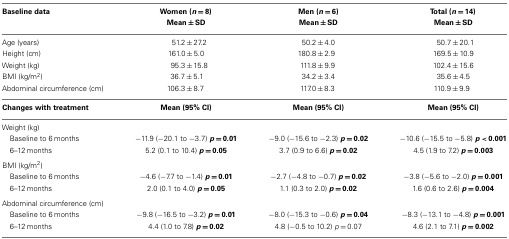
<table><thead><tr><td><b>Baseline data</b></td><td><b>Women (<i>n</i> = 8)</b></td><td><b>Men (<i>n</i> = 6)</b></td><td><b>Total (<i>n</i> = 14)</b></td></tr><tr><td>[EMPTY_CELL]</td><td><b>Mean ± SD</b></td><td><b>Mean ± SD</b></td><td><b>Mean ± SD</b></td></tr></thead><tbody><tr><td>Age (years)</td><td>51.2 ± 27.2</td><td>50.2 ± 4.0</td><td>50.7 ± 20.1</td></tr><tr><td>Height (cm)</td><td>161.0 ± 5.0</td><td>180.8 ± 2.9</td><td>169.5 ± 10.9</td></tr><tr><td>Weight (kg)</td><td>95.3 ± 15.8</td><td>111.8 ± 9.9</td><td>102.4 ± 15.6</td></tr><tr><td>BMI (kg/m<sup>2</sup>)</td><td>36.7 ± 5.1</td><td>34.2 ± 3.4</td><td>35.6 ± 4.5</td></tr><tr><td>Abdominal circumference (cm)</td><td>106.3 ± 8.7 </td><td>117.0 ± 8.3</td><td>110.9 ± 9.9 </td></tr><tr><td><b>Changes with treatment</b></td><td><b>Mean (95% CI)</b></td><td><b>Mean (95% CI)</b></td><td><b>Mean (95% CI)</b></td></tr><tr><td>Weight (kg)</td></tr><tr><td> Baseline to 6 months</td><td>−11.9 (−20.1 to −3.7) <b><i>p</i></b><b> = 0.01</b></td><td>−9.0 (−15.6 to −2.3) <b><i>p</i></b><b> = 0.02</b></td><td>−10.6 (−15.5 to −5.8) <b><i>p</i></b><b> &lt; 0.001</b></td></tr><tr><td> 6–12 months</td><td>5.2 (0.1 to 10.4) <b><i>p</i></b><b> = 0.05</b></td><td>3.7 (0.9 to 6.6) <b><i>p</i></b><b> = 0.02</b></td><td>4.5 (1.9 to 7.2) <b><i>p</i></b><b> = 0.003</b></td></tr><tr><td>BMI (kg/m<sup>2</sup>)</td></tr><tr><td> Baseline to 6 months</td><td>−4.6 (−7.7 to −1.4) <b><i>p</i></b><b> = 0.01</b></td><td>−2.7 (−4.8 to −0.7) <b><i>p</i></b><b> = 0.02</b></td><td>−3.8 (−5.6 to −2.0) <b><i>p</i></b><b> = 0.001</b></td></tr><tr><td> 6–12 months</td><td>2.0 (0.1 to 4.0) <b><i>p</i></b><b> = 0.05</b></td><td>1.1 (0.3 to 2.0) <b><i>p</i></b><b> = 0.02</b></td><td>1.6 (0.6 to 2.6) <b><i>p</i></b><b> = 0.004</b></td></tr><tr><td>Abdominal circumference (cm)</td></tr><tr><td> Baseline to 6 months</td><td>−9.8 (−16.5 to −3.2) <b><i>p</i></b><b> = 0.01</b></td><td>−8.0 (−15.3 to −0.6) <b><i>p</i></b><b> = 0.04</b></td><td>−8.3 (−13.1 to −4.8) <b><i>p</i></b><b> = 0.001</b></td></tr><tr><td> 6–12 months</td><td>4.4 (1.0 to 7.8) <b><i>p</i></b><b> = 0.02</b></td><td>4.8 (−0.5 to 10.2) <i>p</i> = 0.07</td><td>4.6 (2.1 to 7.1) <b><i>p</i></b><b> = 0.002</b></td></tr></tbody></table>